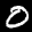
Label: 0